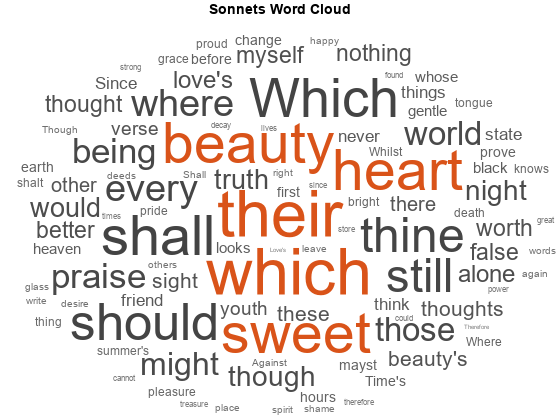
matlab, wordcloud, title